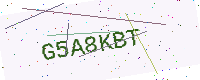
Text: G5A8KBT